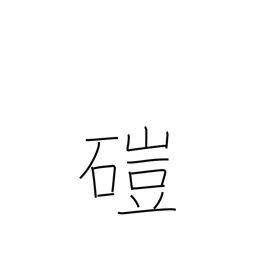
Meaning: hand mill